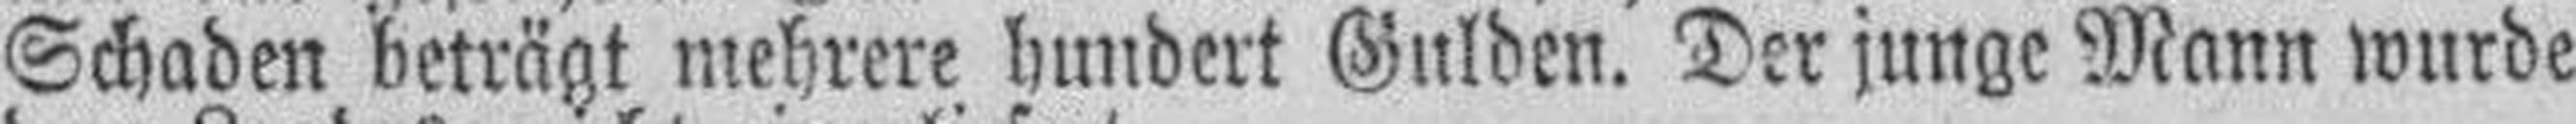
Schaden beträgt mehrere hundert Gulden. Der junge Mann wurde